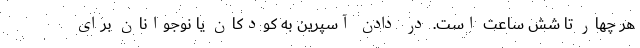
هر چهار تا شش ساعت است. در دادن آسپرین به کودکان یا نوجوانان برای